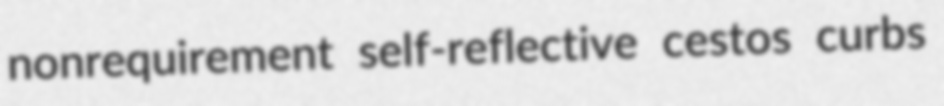
nonrequirement self-reflective cestos curbs